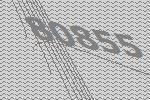
80855